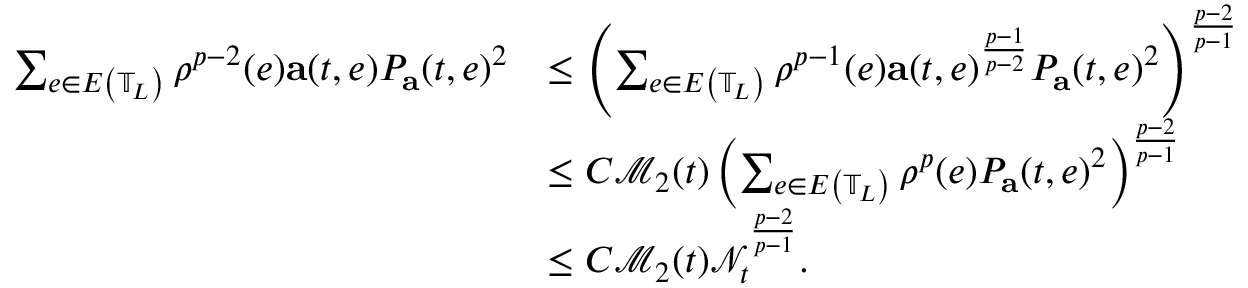
\begin{array} { r l } { \sum _ { e \in E \left( \mathbb { T } _ { L } \right) } \rho ^ { p - 2 } ( e ) \mathbf { a } ( t , e ) P _ { \mathbf { a } } ( t , e ) ^ { 2 } } & { \leq \left( \sum _ { e \in E \left( \mathbb { T } _ { L } \right) } \rho ^ { p - 1 } ( e ) \mathbf { a } ( t , e ) ^ { \frac { p - 1 } { p - 2 } } P _ { \mathbf { a } } ( t , e ) ^ { 2 } \right) ^ { \frac { p - 2 } { p - 1 } } } \\ & { \leq C \mathcal { M } _ { 2 } ( t ) \left( \sum _ { e \in E \left( \mathbb { T } _ { L } \right) } \rho ^ { p } ( e ) P _ { \mathbf { a } } ( t , e ) ^ { 2 } \right) ^ { \frac { p - 2 } { p - 1 } } } \\ & { \leq C \mathcal { M } _ { 2 } ( t ) \mathcal { N } _ { t } ^ { \frac { p - 2 } { p - 1 } } . } \end{array}